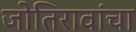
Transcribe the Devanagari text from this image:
जोतिरावांचा